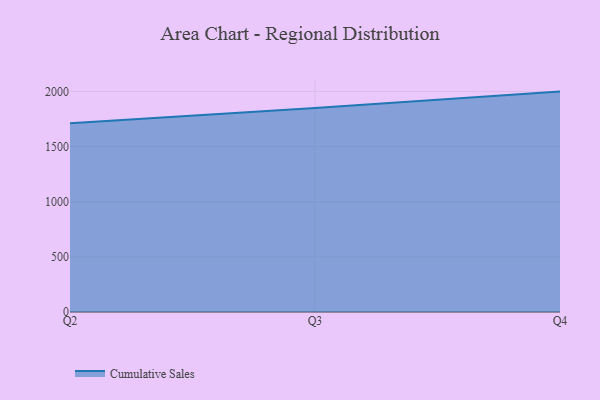
{"axis": {"x": "Quarter", "y": "Humidity (%)"}, "legend": ["Cumulative Sales"], "data": [{"x": "Q2", "y": 1712.0, "type": "Cumulative Sales"}, {"x": "Q3", "y": 1849.5, "type": "Cumulative Sales"}, {"x": "Q4", "y": 1999.0, "type": "Cumulative Sales"}]}